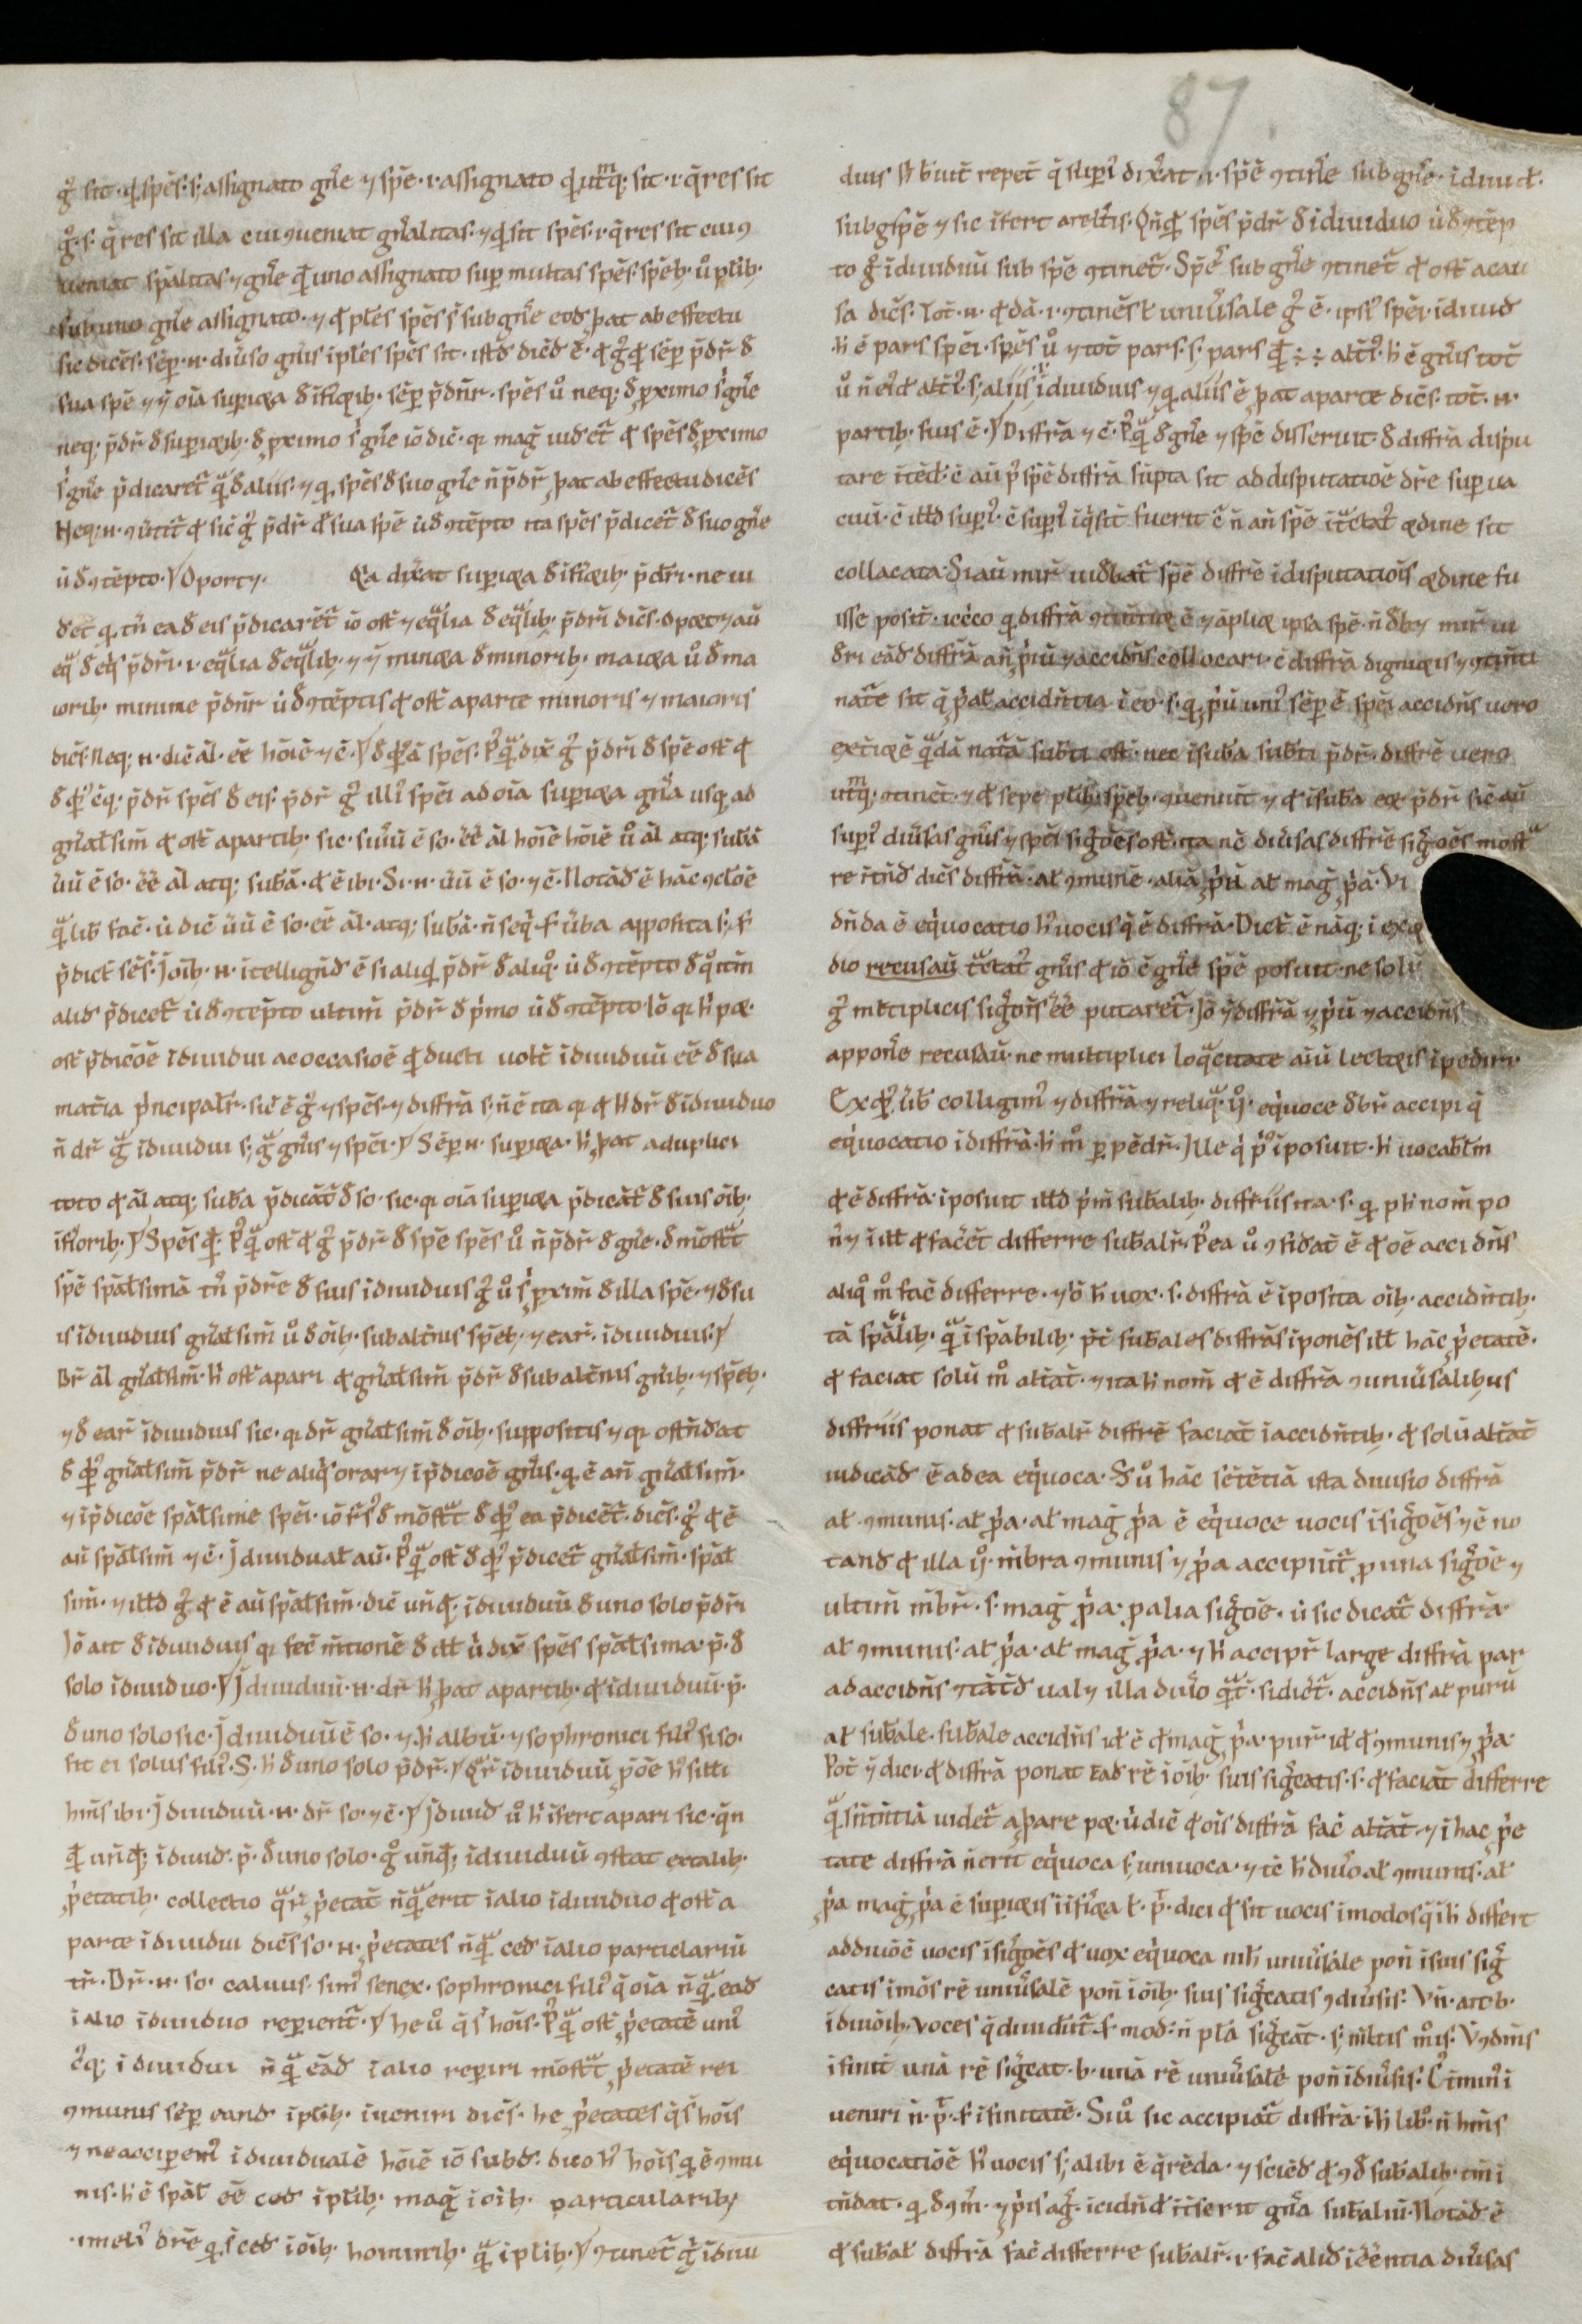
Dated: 900–999